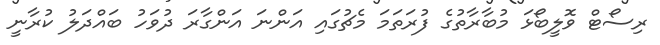
ރިސޯޓް ވޮލީބޯޅަ މުބާރާތުގެ ފުރަތަމަ މެޗުގައި އަންނަ އަންގާރަ ދުވަހު ބައްދަލު ކުރާނީ